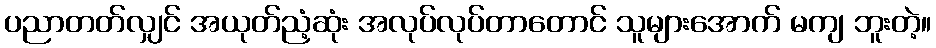
ပညာတတ်လျှင် အယုတ်ညံ့ဆုံး အလုပ်လုပ်တာတောင် သူများအောက် မကျ ဘူးတဲ့။